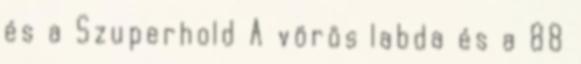
és a Szuperhold A vörös labda és a 88